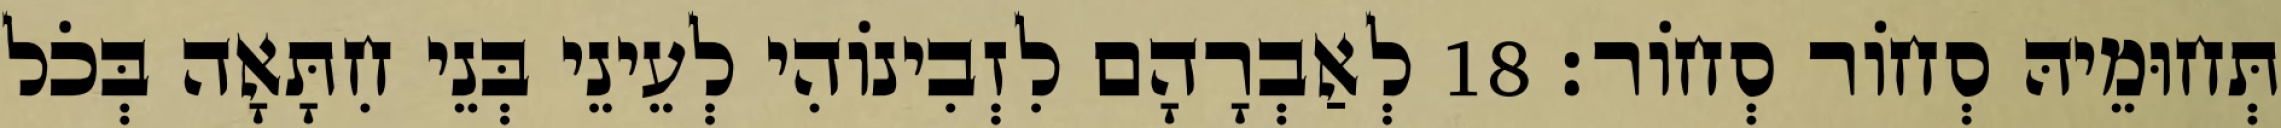
תְּחוּמֵיהּ סְחוֹר סְחוֹר׃ 18 לְאַבְרָהָם לִזְבִינוֹהִי לְעֵינֵי בְּנֵי חִתָּאָה בְּכֹל